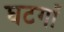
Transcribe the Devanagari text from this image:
घटगाँ